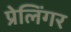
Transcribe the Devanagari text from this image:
प्रेलिंगर